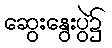
ဆွေးနွေးပွဲ၌